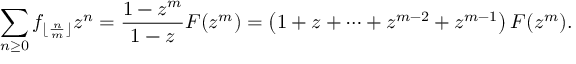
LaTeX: \sum _ { n \geq 0 } f _ { \lfloor { \frac { n } { m } } \rfloor } z ^ { n } = { \frac { 1 - z ^ { m } } { 1 - z } } F ( z ^ { m } ) = \left( 1 + z + \cdots + z ^ { m - 2 } + z ^ { m - 1 } \right) F ( z ^ { m } ) .